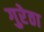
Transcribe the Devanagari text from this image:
गुरेठा